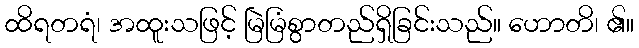
ထိရတရံ၊ အထူးသဖြင့် မြဲမြံစွာတည်ရှိခြင်းသည်။ ဟောတိ၊ ၏။